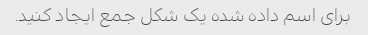
برای اسم داده شده یک شکل جمع ایجاد کنید.